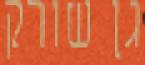
גן שורק